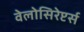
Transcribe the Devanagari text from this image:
वेलोसिरेप्टर्स